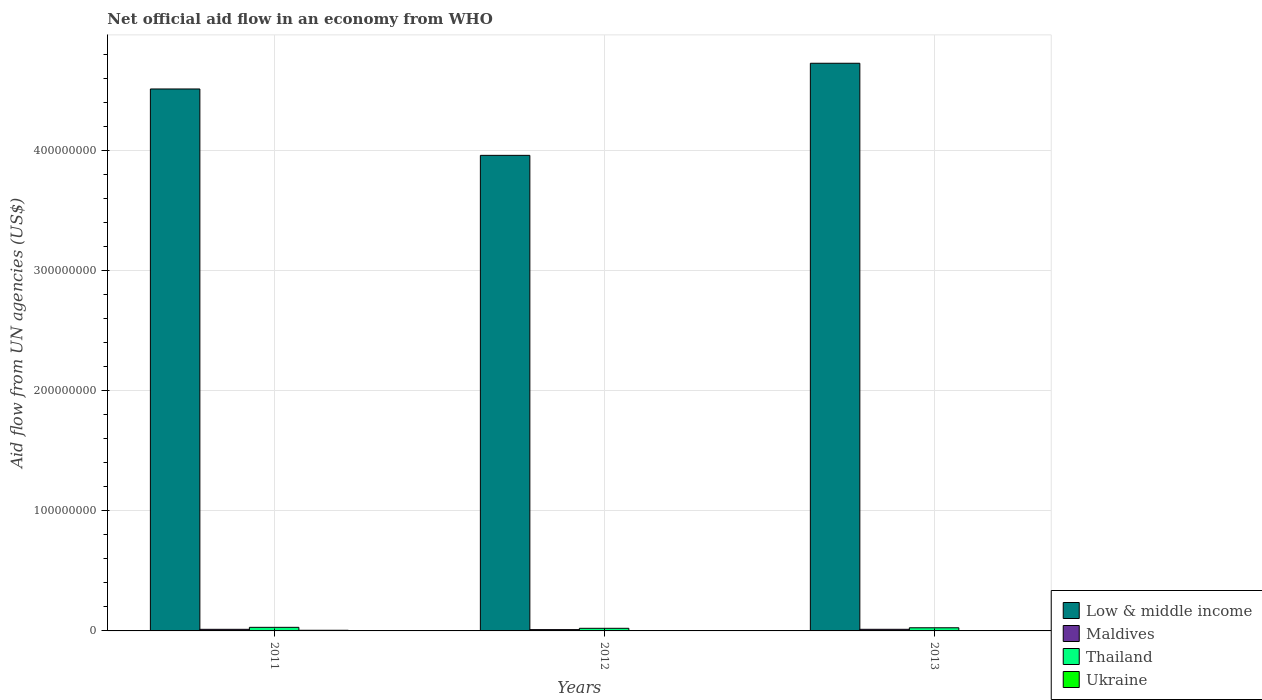
| Years | Low & middle income | Maldives | Thailand | Ukraine |
 | --- | --- | --- | --- | --- |
 | 2011 | 4.52e+08 | 1.34e+06 | 2.99e+06 | 5.4e+05 |
 | 2012 | 3.96e+08 | 1.09e+06 | 2.18e+06 | 3e+04 |
 | 2013 | 4.73e+08 | 1.35e+06 | 2.62e+06 | 1.6e+05 |